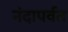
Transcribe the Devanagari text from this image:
नंदापर्वत